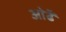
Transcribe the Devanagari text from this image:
ओढैं